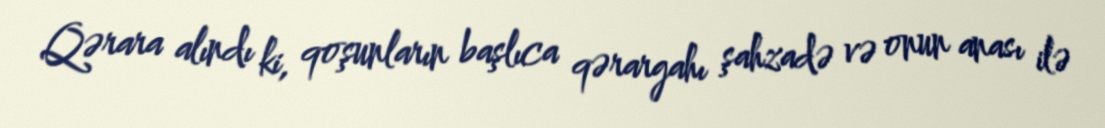
Qərara alındı ki, qoşunların başlıca qərargahı şahzadə və onun anası ilə